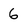
Character: 6